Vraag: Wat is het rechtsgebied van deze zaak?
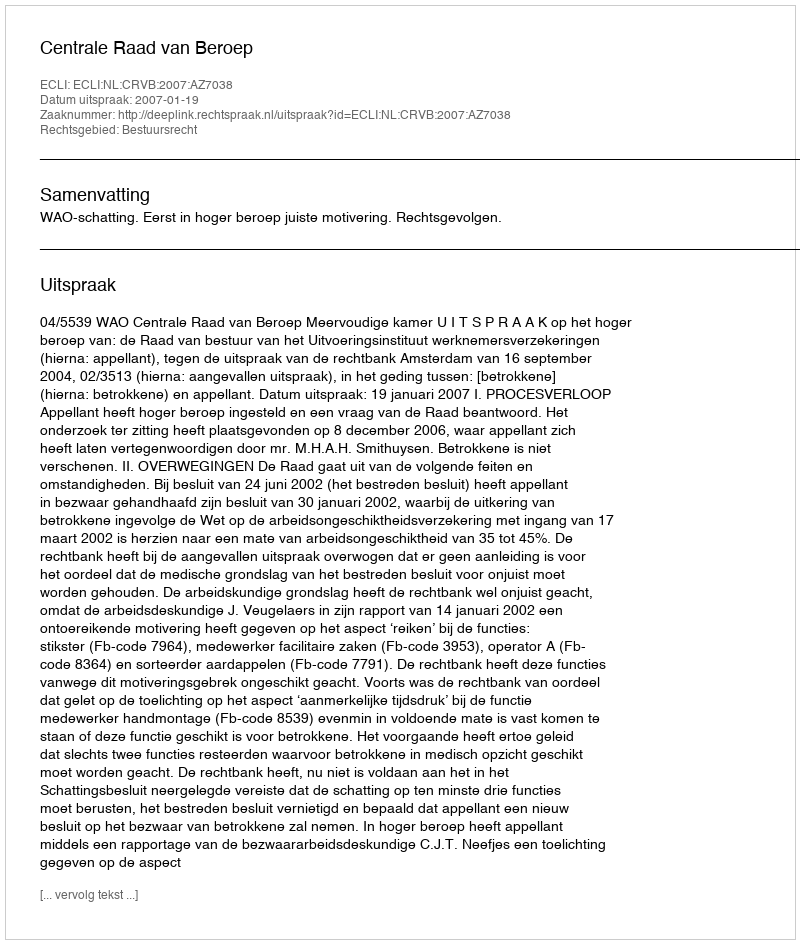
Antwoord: Bestuursrecht